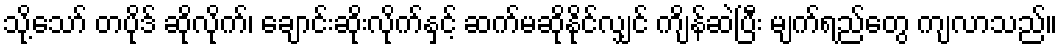
သို့သော် တပိုဒ် ဆိုလိုက်၊ ချောင်းဆိုးလိုက်နှင့် ဆက်မဆိုနိုင်လျှင် ကျိန်ဆဲပြီး မျက်ရည်တွေ ကျလာသည်။